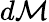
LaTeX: d\mathcal{M}